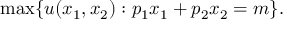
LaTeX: \operatorname* { m a x } \{ u ( x _ { 1 } , x _ { 2 } ) : p _ { 1 } x _ { 1 } + p _ { 2 } x _ { 2 } = m \} .